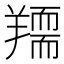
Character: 𦏌